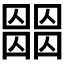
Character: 𡈶